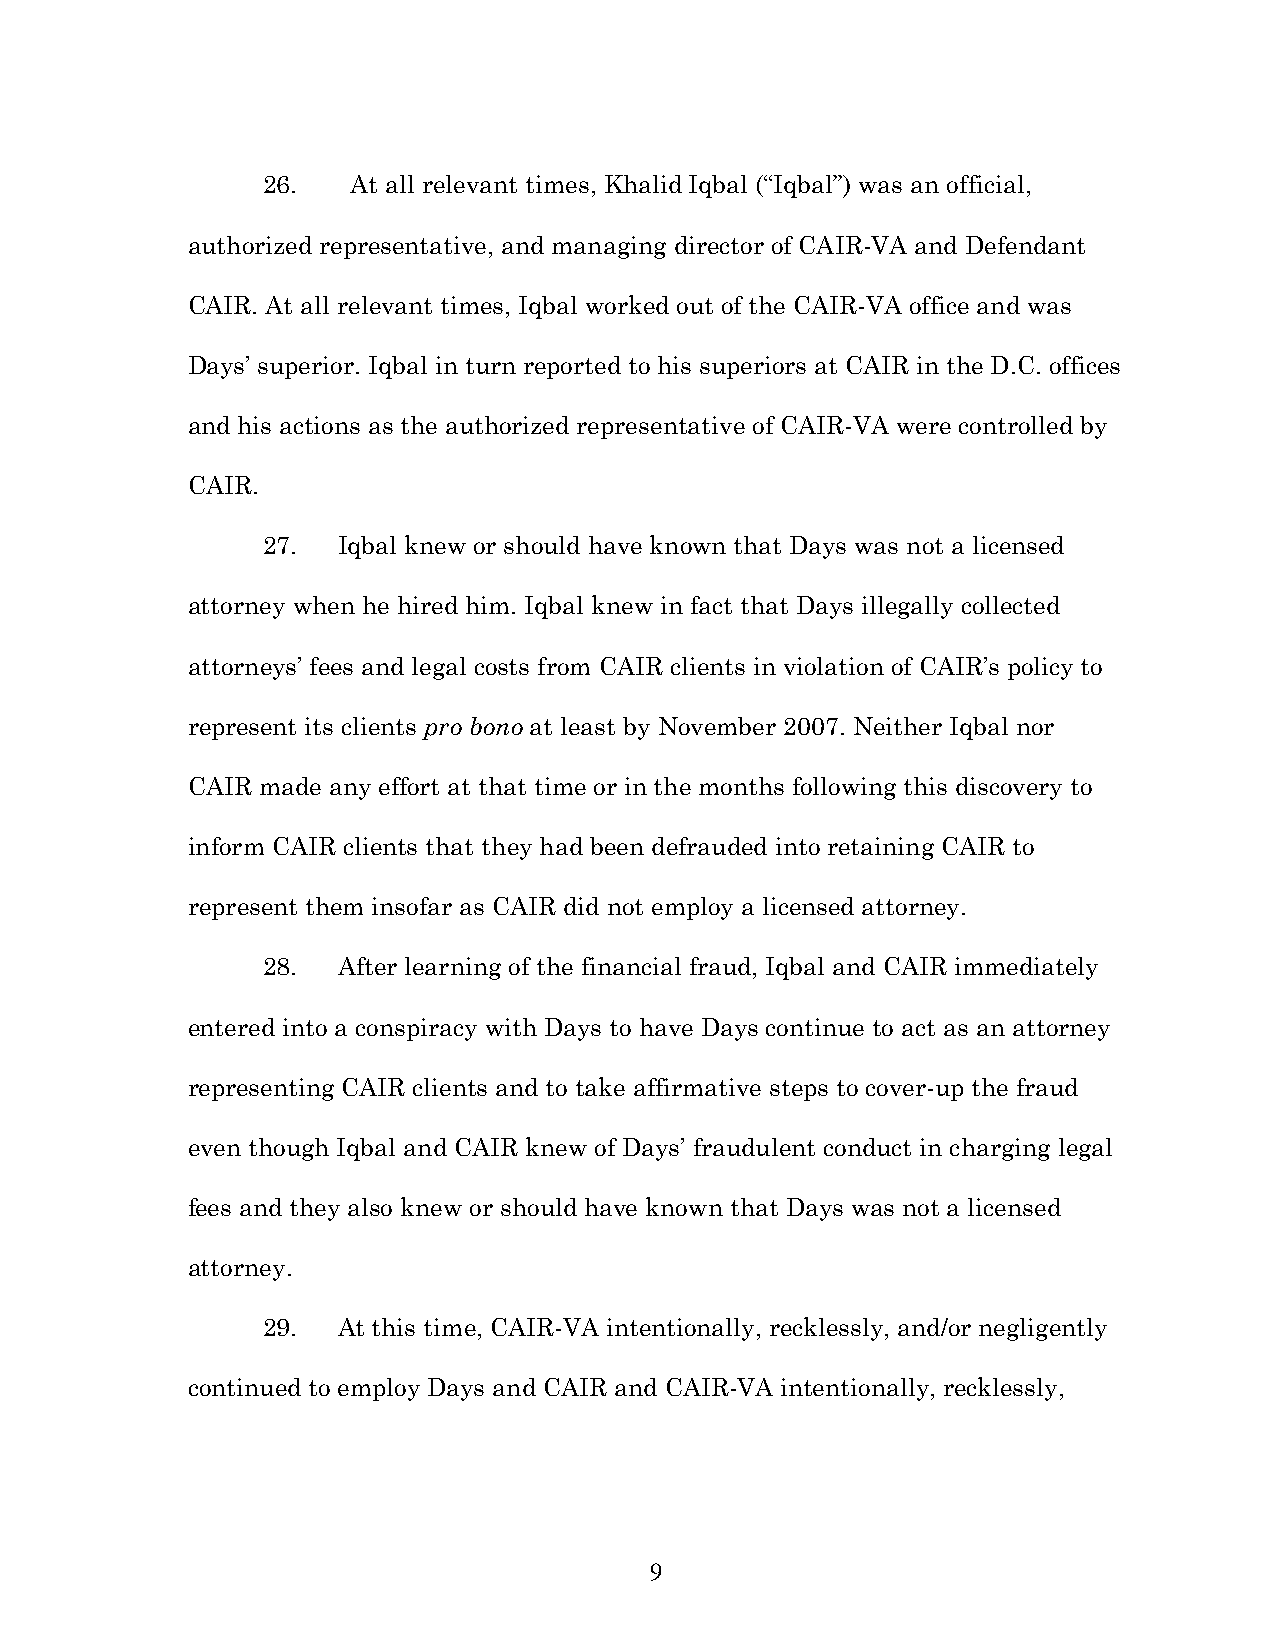
26.   At all relevant times, Khalid Iqbal (“Iqbal”) was an official,
 authorized representative, and managing director of CAIR-VA and Defendant
 CAIR. At all relevant times, Iqbal worked out of the CAIR-VA office and was
 Days’ superior. Iqbal in turn reported to his superiors at CAIR in the D.C. offices
 and his actions as the authorized representative of CAIR-VA were controlled by
 CAIR.
 27.  Iqbal knew or should have known that Days was not a licensed
 attorney when he hired him. Iqbal knew in fact that Days illegally collected
 attorneys’ fees and legal costs from CAIR clients in violation of CAIR’s policy to
 represent its clients pro bono at least by November 2007. Neither Iqbal nor
 CAIR made any effort at that time or in the months following this discovery to
 inform CAIR clients that they had been defrauded into retaining CAIR to
 represent them insofar as CAIR did not employ a licensed attorney.
 28.  After learning of the financial fraud, Iqbal and CAIR immediately
 entered into a conspiracy with Days to have Days continue to act as an attorney
 representing CAIR clients and to take affirmative steps to cover-up the fraud
 even though Iqbal and CAIR knew of Days’ fraudulent conduct in charging legal
 fees and they also knew or should have known that Days was not a licensed
 attorney.
 29.  At this time, CAIR-VA intentionally, recklessly, and/or negligently
 continued to employ Days and CAIR and CAIR-VA intentionally, recklessly,
 9